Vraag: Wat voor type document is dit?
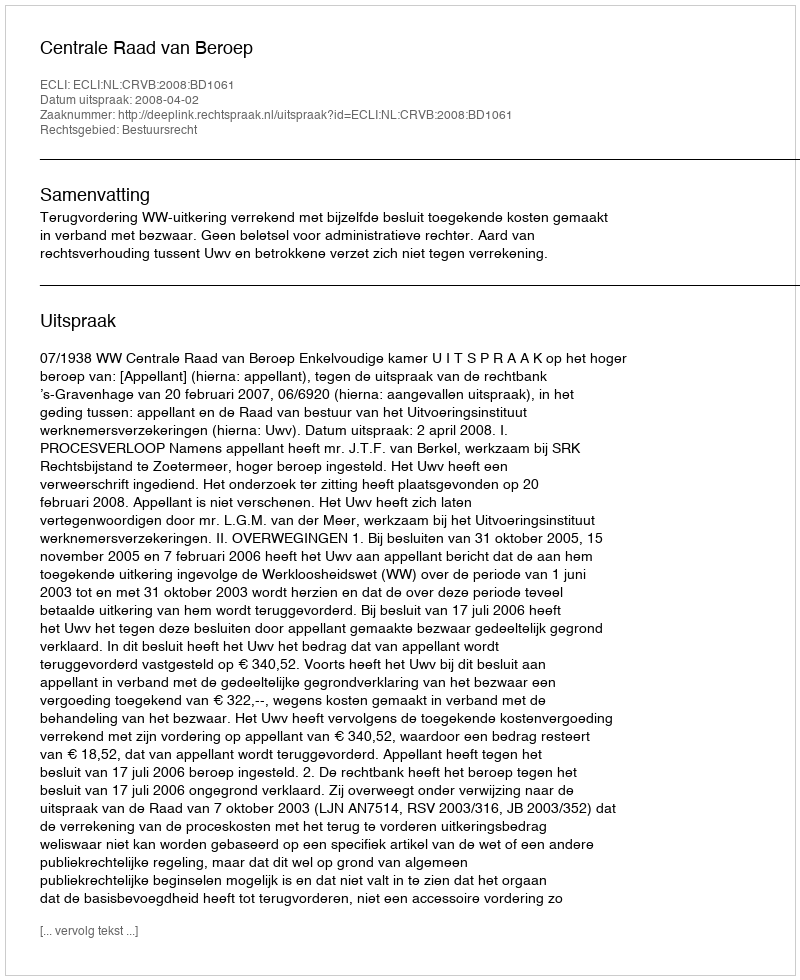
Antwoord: Uitspraak